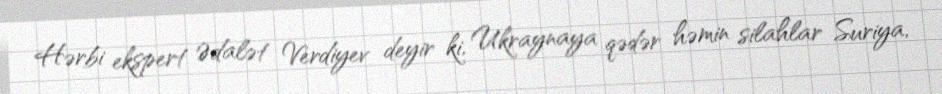
Hərbi ekspert Ədalət Verdiyev deyir ki, Ukraynaya qədər həmin silahlar Suriya,